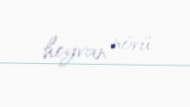
heyvan növü.